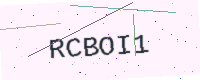
Text: RCBOI1